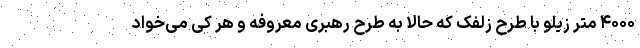
۴۰۰۰ متر زیلو با طرح زُلفک که حالا به طرح رهبری معروفه و هر کی می‌خواد